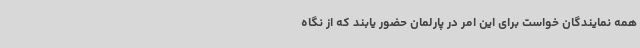
همه نمایندگان خواست برای این امر در پارلمان حضور یابند که از نگاه